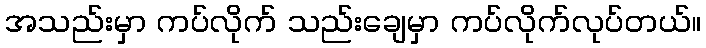
အသည်းမှာ ကပ်လိုက် သည်းချေမှာ ကပ်လိုက်လုပ်တယ်။